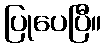
ပြုပေပြီ။